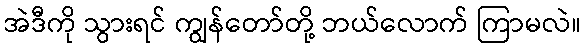
အဲဒီကို သွားရင် ကျွန်တော်တို့ ဘယ်လောက် ကြာမလဲ။